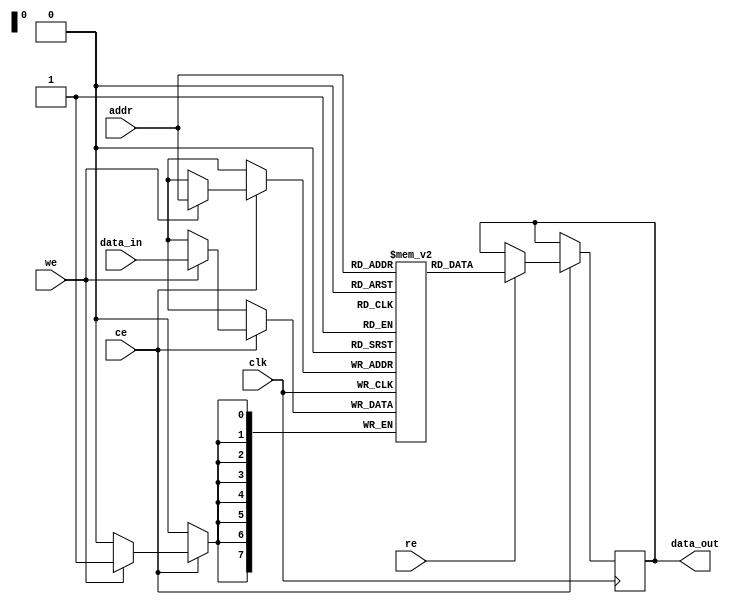
module scratchpad_memory #(
    parameter MEM_SIZE = 256,  // Configurable memory size (in bytes)
    parameter WORD_WIDTH = 8    // Configurable word width (in bits)
)(
    input wire clk,             // Clock signal (for synchronous operation)
    input wire ce,              // Chip Enable
    input wire we,              // Write Enable
    input wire re,              // Read Enable
    input wire [7:0] addr,      // Address bus (8-bit for 256 bytes)
    input wire [WORD_WIDTH-1:0] data_in, // Data input bus
    output reg [WORD_WIDTH-1:0] data_out // Data output bus
);

    // Memory array declaration
    reg [WORD_WIDTH-1:0] memory [0:MEM_SIZE-1];

    // Read/Write Logic
    always @(posedge clk) begin
        if (ce) begin
            if (we) begin
                // Write operation
                memory[addr] <= data_in;
            end
            if (re) begin
                // Read operation
                data_out <= memory[addr];
            end
        end
    end

endmodule